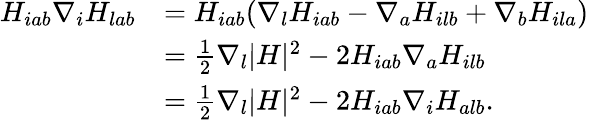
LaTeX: \begin{array}{rl}{H_{iab}\nabla_{i}H_{lab}}&{=H_{iab}(\nabla_{l}H_{iab}-\nabla_{a}H_{ilb}+\nabla_{b}H_{ila})}\\ &{=\frac{1}{2}\nabla_{l}|H|^{2}-2H_{iab}\nabla_{a}H_{ilb}}\\ &{=\frac{1}{2}\nabla_{l}|H|^{2}-2H_{iab}\nabla_{i}H_{alb}.}\end{array}